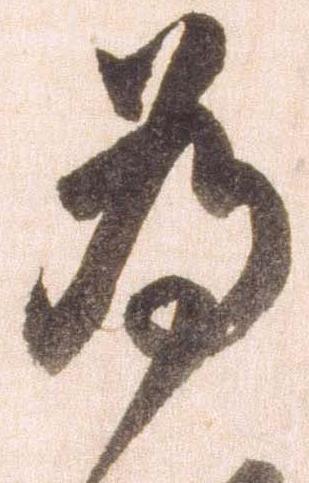
為